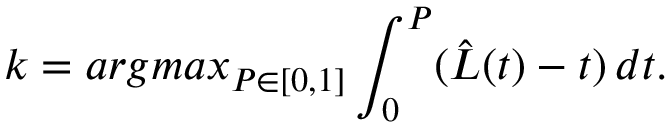
k = a r g m a x _ { P \in [ 0 , 1 ] } \int _ { 0 } ^ { P } ( \Hat { L } ( t ) - t ) \, d t .